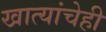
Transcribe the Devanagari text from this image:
खात्यांचेही